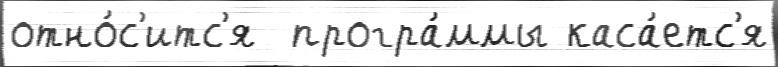
отно́с'итс'я  програ́ммы каса́етс'я